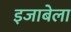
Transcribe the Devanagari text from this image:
इजाबेला